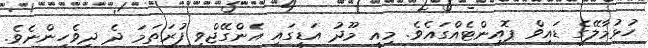
ހުޅުމާލޭގެ ޑައިވް ޕޮއިންޓެއްގައެވެ. މިއީ މޫދު އަޑީގައި އެންގޭޖްވި ފުރަތަމަ ދެ ދިވެހިންނެވެ.